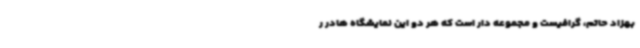
بهزاد حاتم، گرافیست و مجموعه دار است که هر دو این نمایشگاه هادر ر